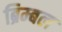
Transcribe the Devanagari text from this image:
ब्रिम्बल